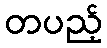
တပည့်